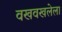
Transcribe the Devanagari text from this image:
वखवखलेला